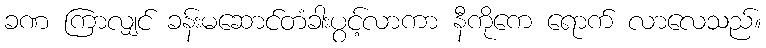
ခဏ ကြာလျှင် ခန်းမဆောင်တံခါးပွင့်လာကာ နီကိုကေ ရောက် လာလေသည်။